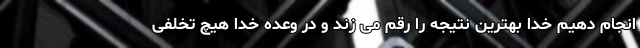
انجام دهیم خدا بهترین نتیجه را رقم می زند و در وعده خدا هیچ تخلفی